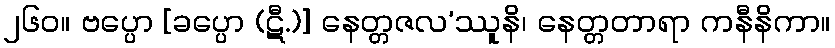
၂၆၀။ ဗပ္ပော [ခပ္ပော (ဋီ.)] နေတ္တဇလ’ဿူနိ၊ နေတ္တတာရာ ကနီနိကာ။